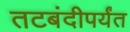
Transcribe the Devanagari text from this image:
तटबंदीपर्यंत